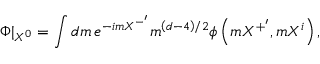
\Phi | _ { X ^ { 0 } } = \int d m \, e ^ { - i m X ^ { - ^ { \prime } } } m ^ { \left( d - 4 \right) / 2 } \phi \left( m X ^ { + ^ { \prime } } , m X ^ { i } \right) ,